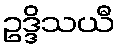
ဥဒ္ဒိသယီ